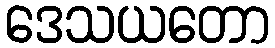
ဒေသယတော